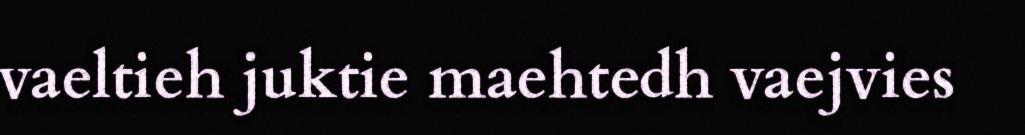
vaeltieh juktie maehtedh vaejvies